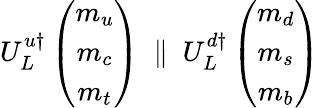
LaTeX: U_{L}^{u\dagger}\left(\begin{array}{c}{{m_{u}}}\\ {{m_{c}}}\\ {{m_{t}}}\end{array}\right)\ \parallel\ U_{L}^{d\dagger}\left(\begin{array}{c}{{m_{d}}}\\ {{m_{s}}}\\ {{m_{b}}}\end{array}\right)